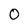
Character: O